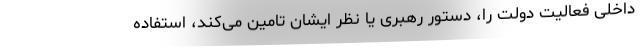
داخلی فعالیت دولت را، دستور رهبری یا نظر ایشان تامین می‌کند، استفاده